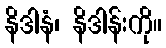
နိဒါနံ၊ နိဒါန်းကို။